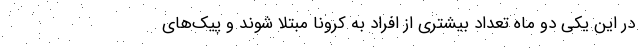
در این یکی دو ماه تعداد بیشتری از افراد به کرونا مبتلا شوند و پیک‌های